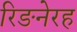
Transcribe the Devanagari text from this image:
रिङनेरह